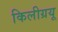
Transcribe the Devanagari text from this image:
किलीग्रयू